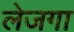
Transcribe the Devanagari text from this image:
लेजगा